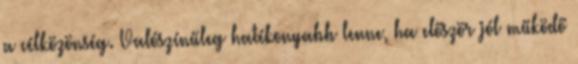
a célközönség. Valószínűleg hatékonyabb lenne, ha először jól működő